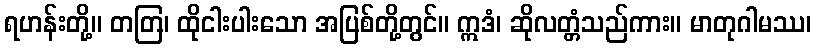
ရဟန်းတို့။ တတြ၊ ထိုငါးပါးသော အပြစ်တို့တွင်။ ဣဒံ၊ ဆိုလတ္တံသည်ကား။ မာတုဂါမဿ၊